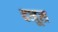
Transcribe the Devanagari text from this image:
दनूस